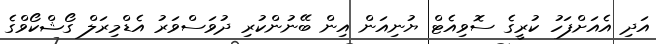
އަދި އެއަށްފަހު ކުރީގެ ސޮވިއެޓް ޔުނިއަން އިން ބޭނުންކުރި ދުވަސްވަރު އެޑްމިރަލް ގޯޝްކޯވްގެ